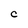
Character: C